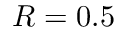
R = 0 . 5